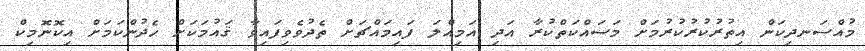
މުއްސަނދިކަން އިތުރުކުރުކުރުމަށް މަސައްކަތްކުރާ އަދި އަމިއްލަ ފައިމައްޗަށް ތެދުވެވިފައިވާ ޤައުމަކަށް ހެދުންކަމަށް އިކޮނޮމިކް